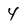
Character: 4